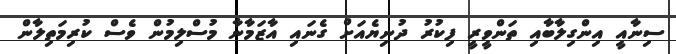
ސިނާއީ އިންގިލާބާއި ތަންވީރީ ފިކުރު ދުނިޔެއަށް ގެނައި އާޒަމާނާ މުސްލިމުން ވެސް ކުރިމަތިލާން